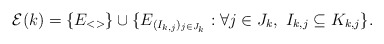
\begin{align*}\mathcal E(k) =\{E_{<>}\}\cup\{E_{(I_{k,j})_{j\in J_k}} : \forall j\in J_k,\ I_{k,j}\subseteq K_{k,j}\}.\end{align*}